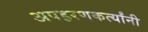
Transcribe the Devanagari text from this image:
अपहरणकर्त्यांनी